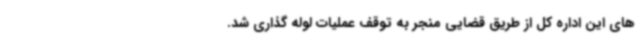
های این اداره کل از طریق قضایی منجر به توقف عملیات لوله گذاری شد.